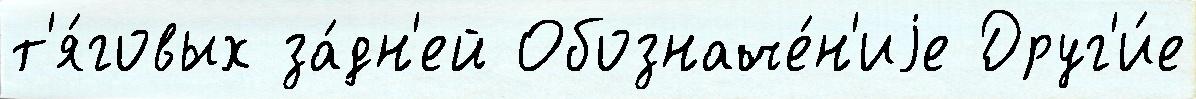
т'я́говых за́дн'ей Обозначе́н'иjе Друг'и́е